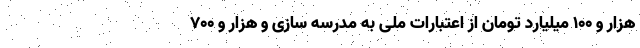
هزار و 100 میلیارد تومان از اعتبارات ملی به مدرسه سازی و هزار و 700